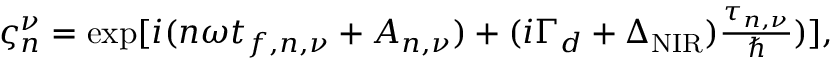
\begin{array} { r } { \varsigma _ { n } ^ { \nu } = \exp [ i ( n \omega t _ { f , n , \nu } + A _ { n , \nu } ) + ( i \Gamma _ { d } + \Delta _ { \mathrm { N I R } } ) \frac { \tau _ { n , \nu } } { \hbar } ) ] , } \end{array}